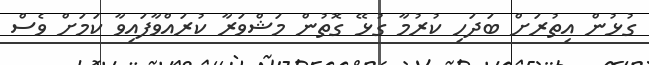
ގުޅުން އިތުރަށް ބަދަހި ކުރުމާ ގުޅޭ ގޮތުން މަޝްވަރާ ކުރައްވާފައިވާ ކަމަށް ވެސް